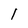
Character: l